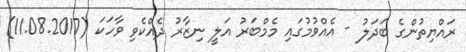
ރައްޔިތުންގެ ބަދަލު - އެއްވުމުގައި މެމްބަރު އަލީ ނިޒާރު ދެއްކެވި ވާހަކަ (11.08.2017)